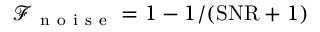
\mathcal { F } _ { \mathrm { ~ n ~ o ~ i ~ s ~ e ~ } } = 1 - 1 / ( \mathrm { S N R } + 1 )